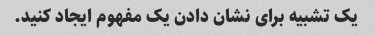
یک تشبیه برای نشان دادن یک مفهوم ایجاد کنید.